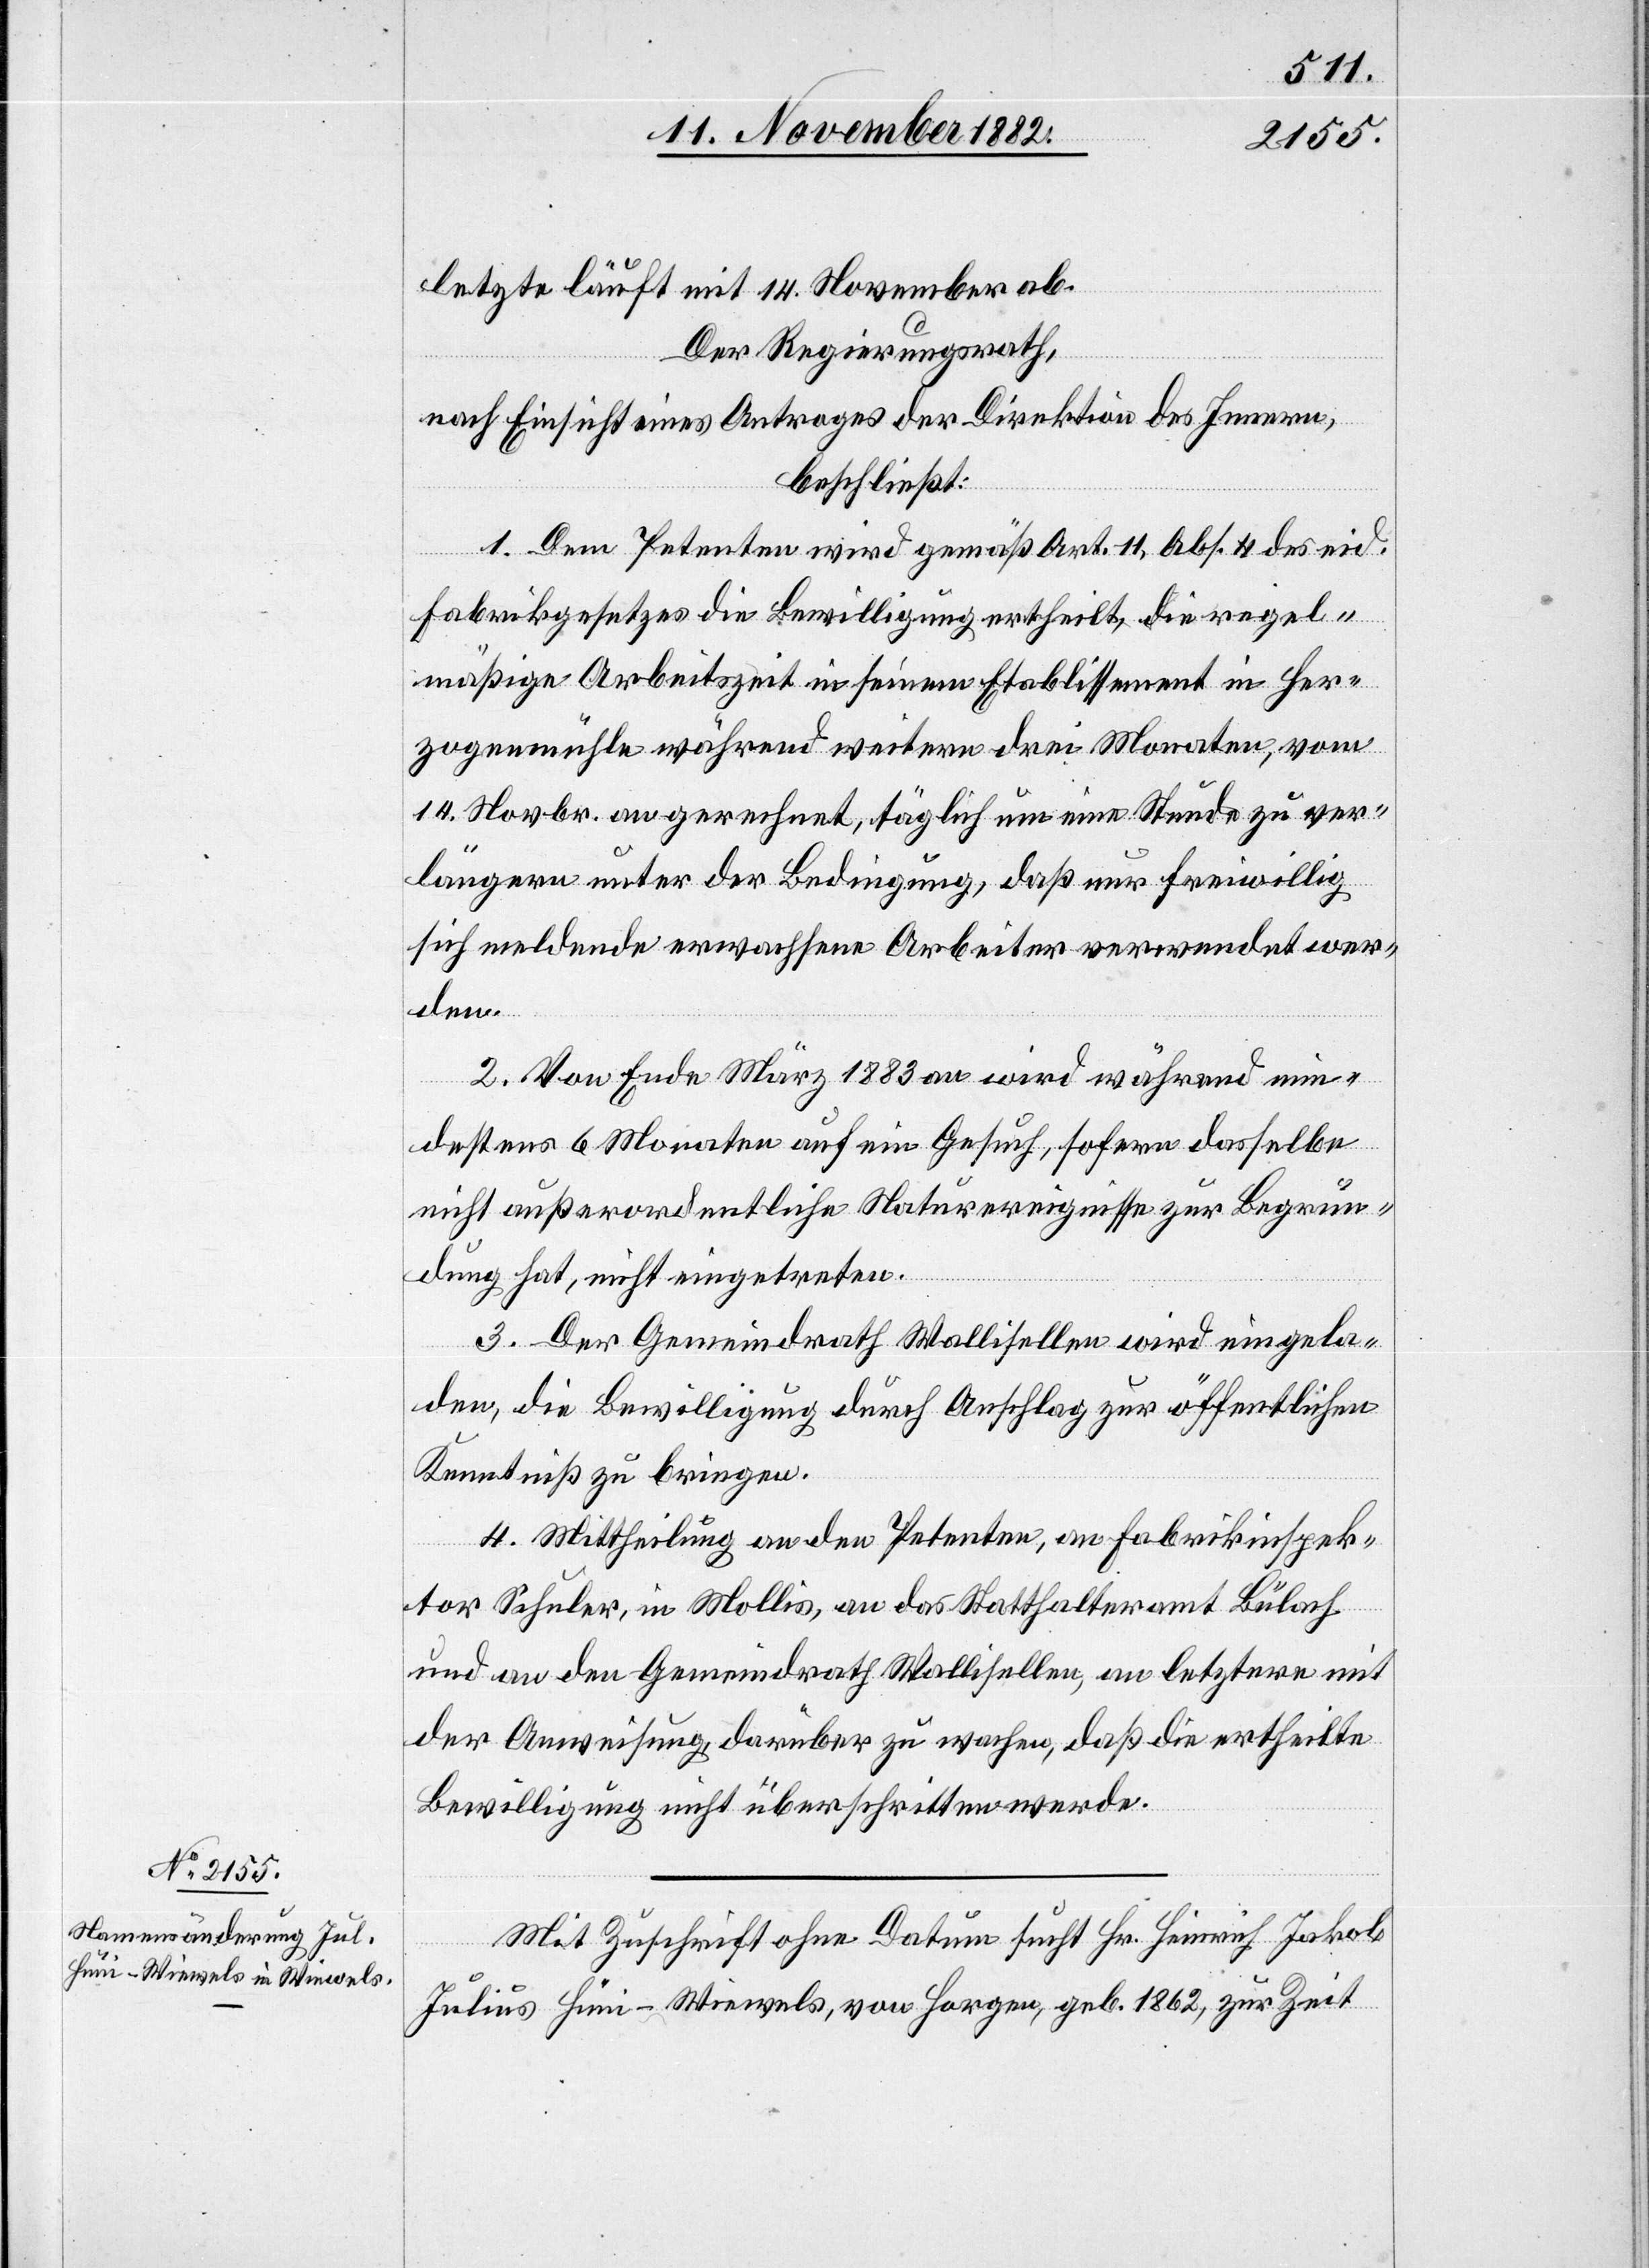
letzte läuft mit 14. November ab.
Der Regierungsrath,
nach Einsicht eines Antrages der Direktion des Innern,
beschließt:
1. Dem Petenten wird gemäß Art. 11, Abs. 4 des eid.
Fabrikgesetzes die Bewilligung ertheilt, die regel¬
mäßige Arbeitszeit in seinem Etablissement in Her¬
zogenmühle während weitern drei Monaten, vom
14. Novbr. an gerechnet, täglich um eine Stunde zu ver¬
längern unter der Bedingung, daß nur freiwillig
sich meldende erwachsene Arbeiter verwendet wer¬
den.
2. Von Ende März 1883 an wird während min¬
destens 6 Monaten auf ein Gesuch, sofern dasselbe
nicht außerordentliche Naturereignisse zur Begrün¬
dung hat, nicht eingetreten.
3. Der Gemeindrath Wallisellen wird eingela¬
den, die Bewilligung durch Anschlag zur öffentlichen
Kenntniß zu bringen.
4. Mittheilung an den Petenten, an Fabrikinspek¬
tor Schuler, in Mollis, an das Statthalteramt Bülach
und an den Gemeindrath Wallisellen, an letztere mit
der Anweisung, darüber zu wachen, daß die ertheilte
Bewilligung nicht überschritten werde.
Mit Zuschrift ohne Datum sucht Hr. Heinrich Jakob
Julius Hüni-Wiewels, von Horgen, geb. 1862, zur Zeit